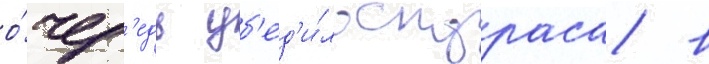
о́чер'едь уб'ед'и́ло скураса в